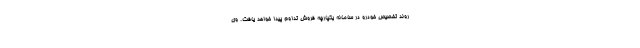
روند تخصیص خودرو در سامانه یکپارچه فروش تداوم پیدا خواهد یافت. وی